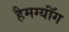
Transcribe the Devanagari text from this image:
हैमग्यॉंग